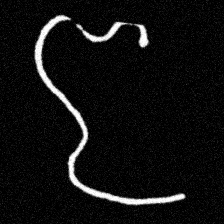
Pyu character \u2014 Myanmar letter: ဇ (romanized: ja)